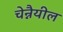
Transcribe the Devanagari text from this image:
चेन्नैयील